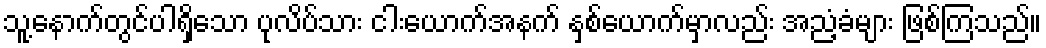
သူ့နောက်တွင်ပါရှိသော ပုလိပ်သား ငါးယောက်အနက် နှစ်ယောက်မှာလည်း အညံ့ခံများ ဖြစ်ကြသည်။